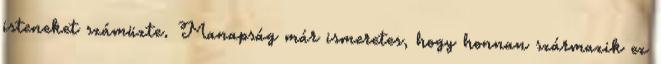
isteneket számüzte. Manapság már ismeretes, hogy honnan származik ez